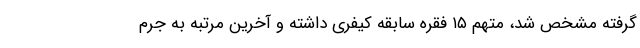
گرفته مشخص شد، متهم ۱۵ فقره سابقه کیفری داشته و آخرین مرتبه به جرم